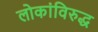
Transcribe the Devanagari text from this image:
लोकांविरुद्ध